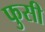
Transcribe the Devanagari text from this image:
फुसी